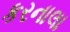
કરનાલા